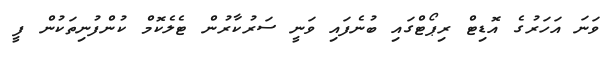
ވަނަ އަހަރުގެ އޮޑިޓް ރިޕޯޓްގައި ބުނެފައި ވަނީ ސަރުކާރުން ޓެލެކޮމް ކުންފުނިތަކުން ފީ